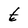
Character: t